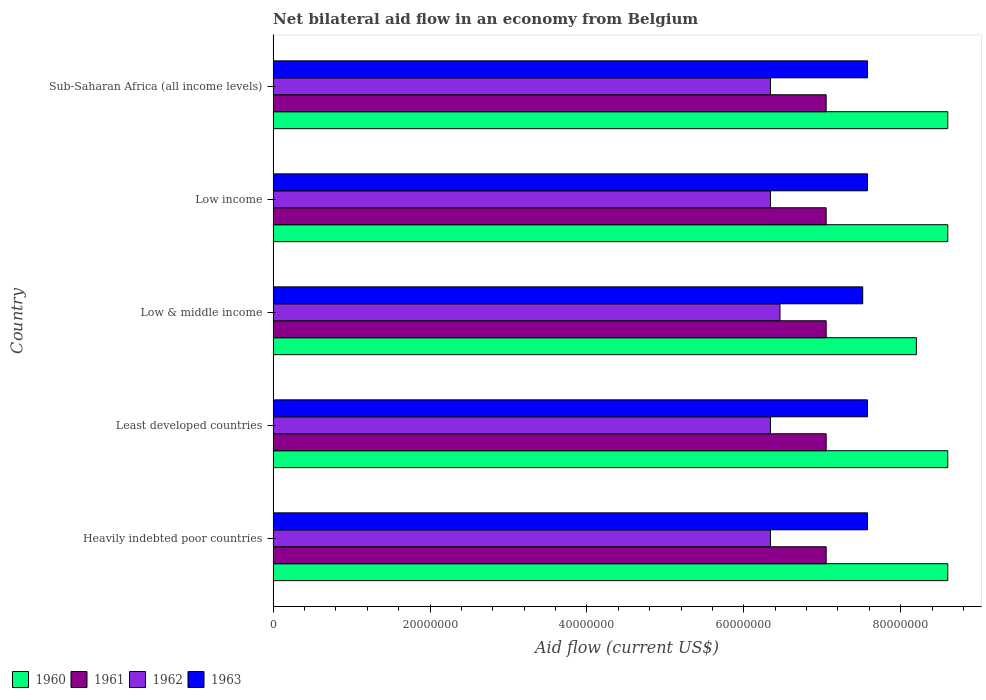
| Country | 1960 | 1961 | 1962 | 1963 |
 | --- | --- | --- | --- | --- |
 | Heavily indebted poor countries | 8.6e+07 | 7.05e+07 | 6.34e+07 | 7.58e+07 |
 | Least developed countries | 8.6e+07 | 7.05e+07 | 6.34e+07 | 7.58e+07 |
 | Low & middle income | 8.2e+07 | 7.05e+07 | 6.46e+07 | 7.52e+07 |
 | Low income | 8.6e+07 | 7.05e+07 | 6.34e+07 | 7.58e+07 |
 | Sub-Saharan Africa (all income levels) | 8.6e+07 | 7.05e+07 | 6.34e+07 | 7.58e+07 |